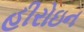
હીરોઇન